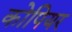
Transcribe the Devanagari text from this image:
कोपियर